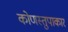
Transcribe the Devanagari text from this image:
कोणस्तुपाकार